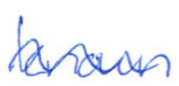
Text: known
Cross-out: wave
Writing tool: ballpoint